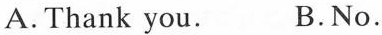
A. Thank you. B. No.